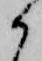
か